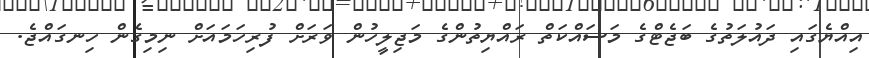
އިއްޔެގައި ދައުލަތުގެ ބަޖެޓްގެ މަސައްކަތް ރައްޔިތުންގެ މަޖިލީހުން ވަރަށް ފުރިހަމައަށް ނިމިގެން ހިނގައްޖެ.